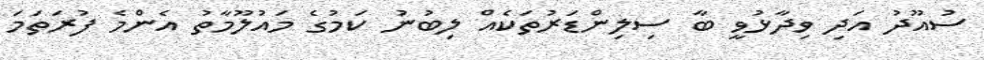
ސުއޫދު އަދި ވިދާޅުވީ ބާ ސިލިންޑަރުތަކެއް ލިބުނު ކަމުގެ މައުލޫމާތު އެންމެ ފުރަތަމަ